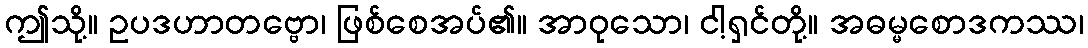
ဤသို့။ ဥပဒဟာတဗ္ဗော၊ ဖြစ်စေအပ်၏။ အာဝုသော၊ ငါ့ရှင်တို့။ အဓမ္မစောဒကဿ၊